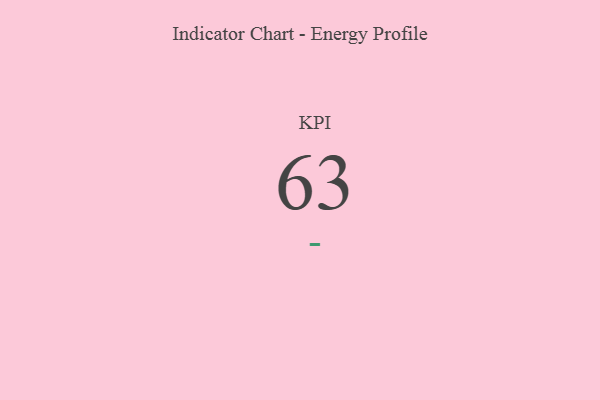
{"axis": {"x": "KPI", "y": "Value"}, "legend": [""], "data": [{"x": "KPI", "y": 63, "type": ""}]}